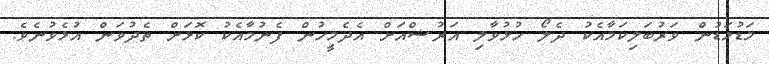
މަޑުމަޑުން ވަރުބަލިކަމާއެކު ދެލޯ ހުޅުވާލި އަރުޝްއަށް އެދެމީހުން ފެނުމާއެކު ކޮޅަށް ތެދުވަން އުޅެވުނެވެ.